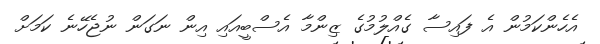
އެހެންކަމުން އެ ފައިސާ ގެއްލުމުގެ ޒިންމާ އެސްބީއައި އިން ނަގަން ނުޖެހޭނެ ކަމަށް